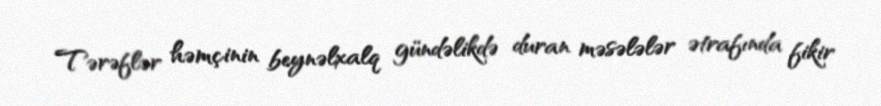
Tərəflər həmçinin beynəlxalq gündəlikdə duran məsələlər ətrafında fikir